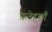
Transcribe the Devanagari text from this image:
फ़तेहख़ाँ